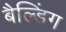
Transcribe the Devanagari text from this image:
बैल्डिंग